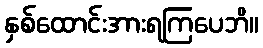
နှစ်ထောင်းအားရကြပေဘိ။